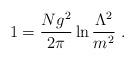
LaTeX: \begin{align*}1= \frac{Ng^2}{2\pi}\ln \frac{\Lambda^2}{m^2} \ .\end{align*}